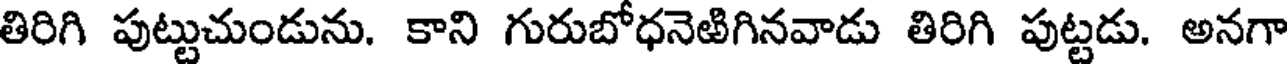
తిరిగి పుట్టుచుండును. కాని గురుబోధనెటిగినవాడు తిరిగి పుట్టడు. అనగా